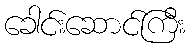
ခေါင်းဆောင်ကြီး